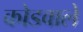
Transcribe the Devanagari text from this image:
कोडवाले